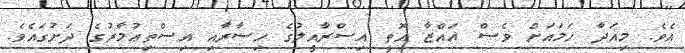
އެވެ. މިއަދާ ހަމައަށް ވެސް ޣައްޒާ އޮތީ އިސްރާއީލުގެ ހިސާރާއި އިސްތިޢުމާރުގެ ދަށުގައެވެ.